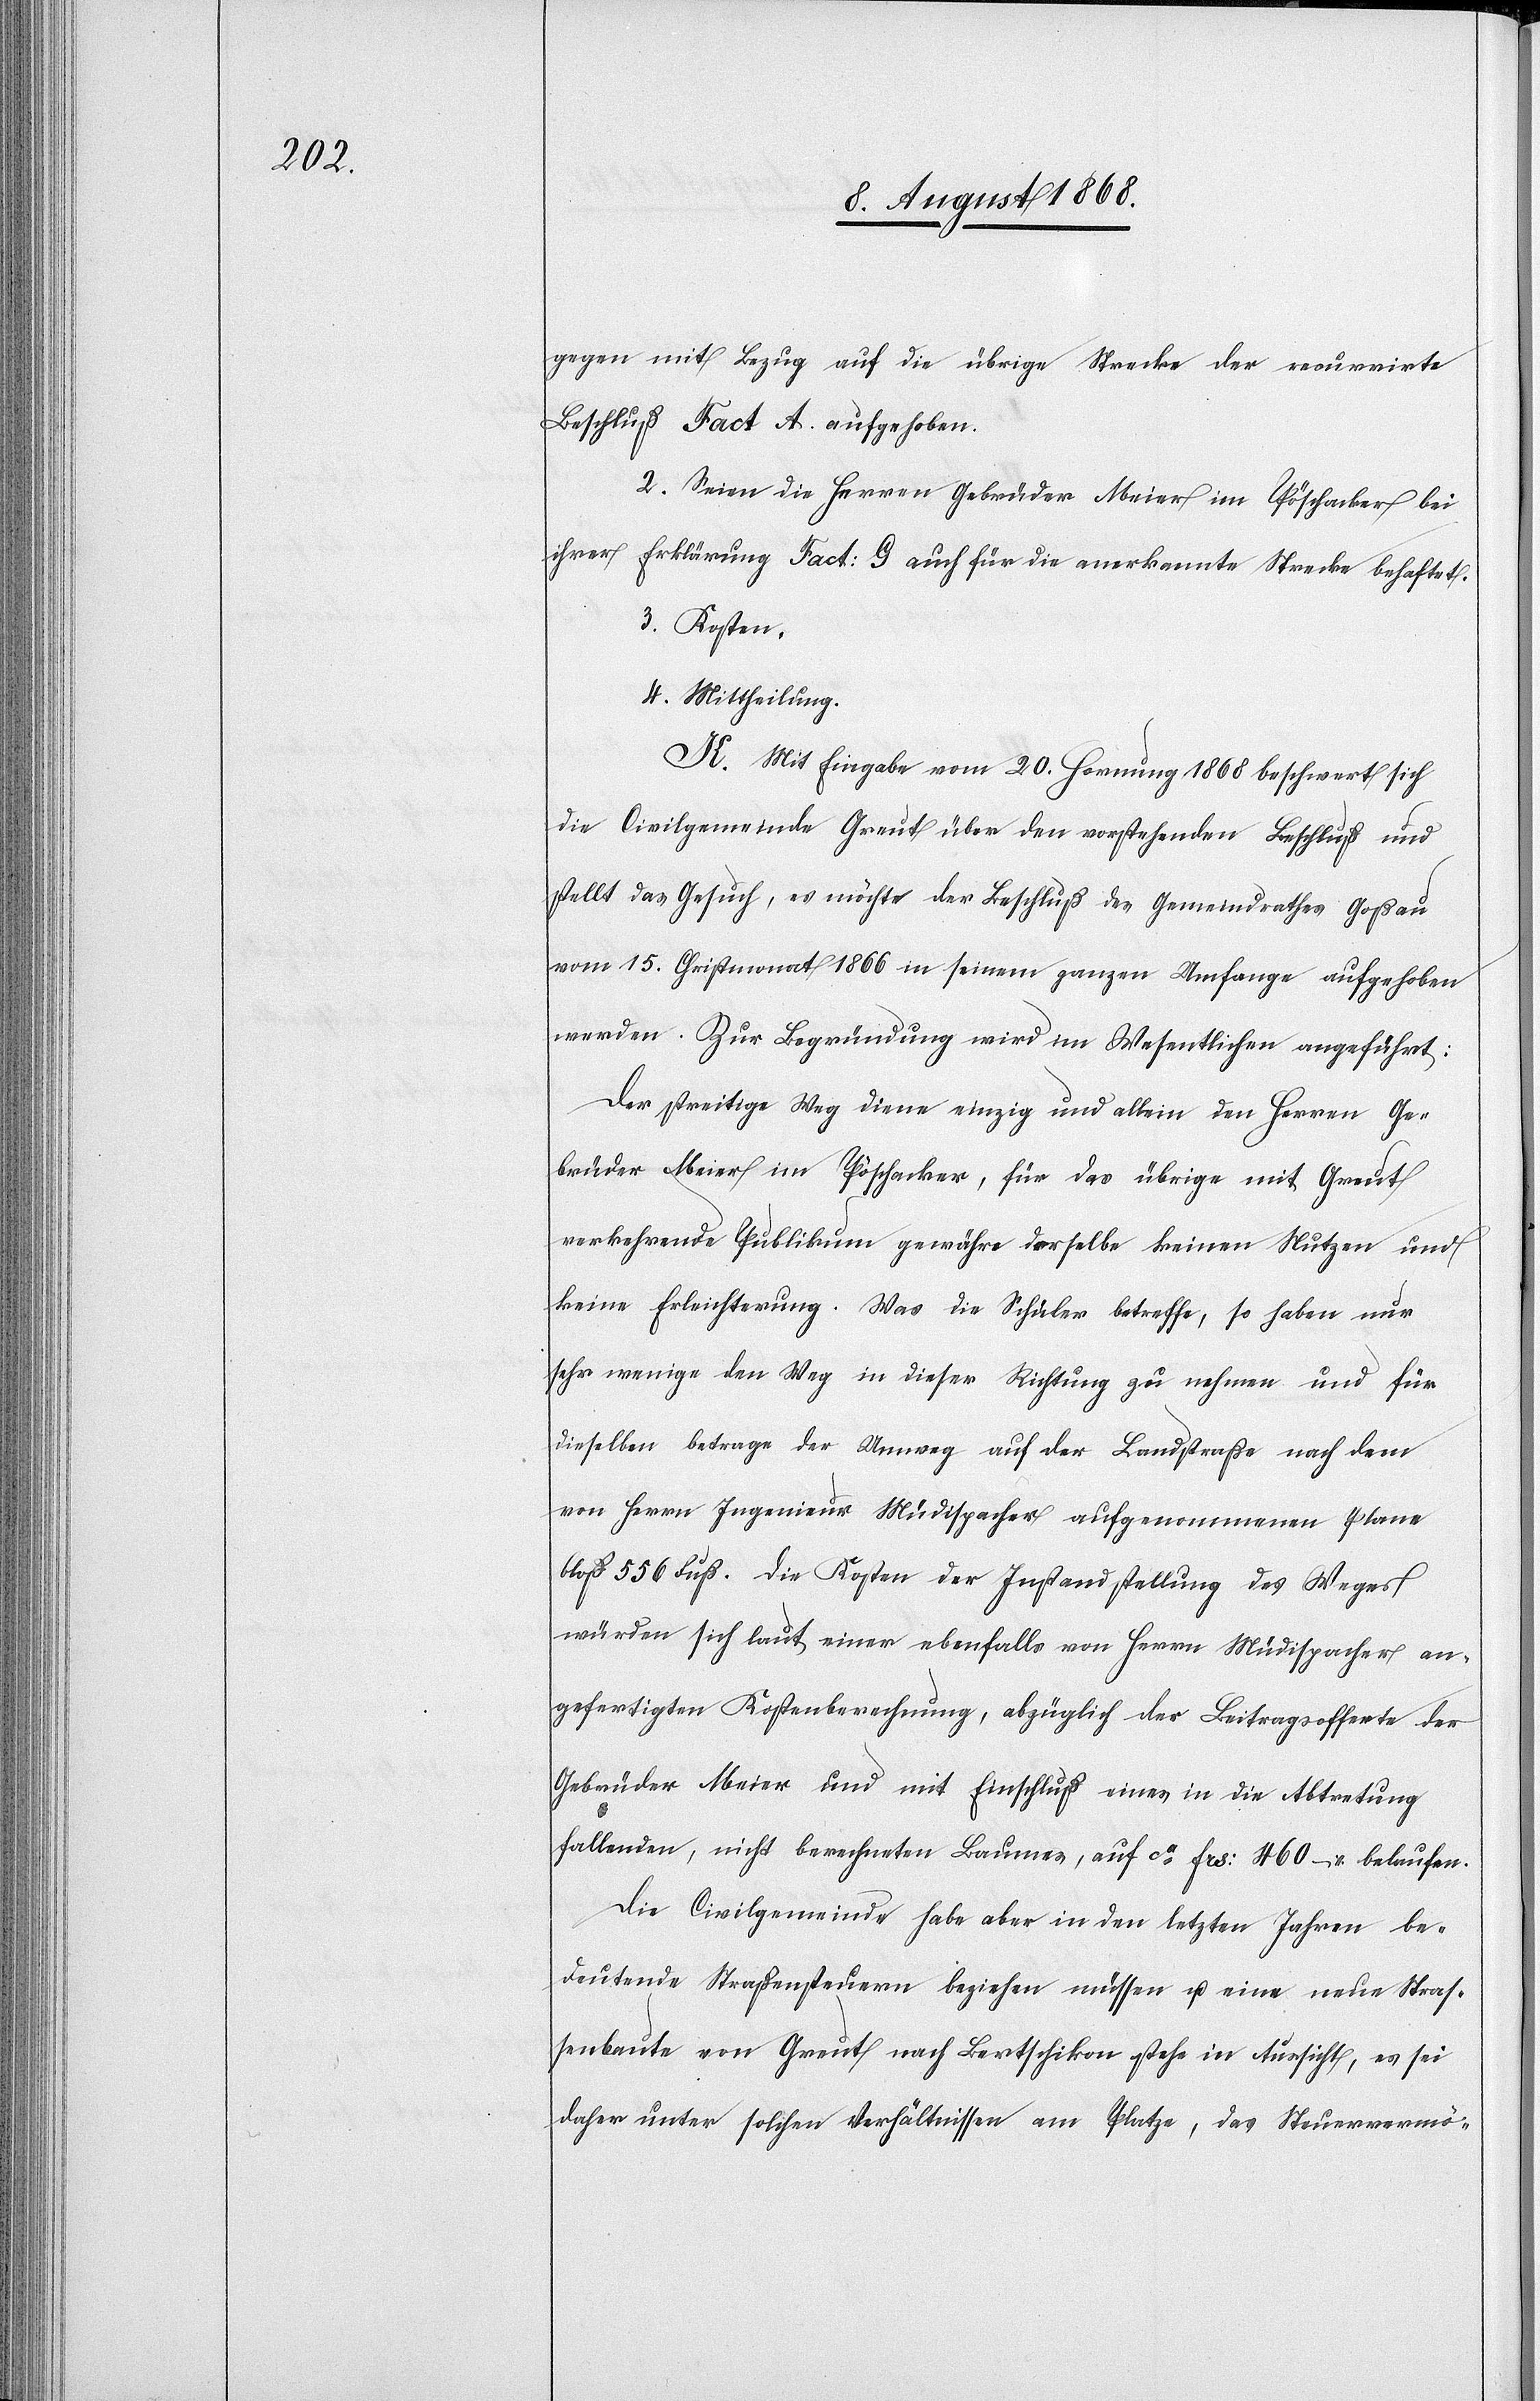
gegen mit Bezug auf die übrige Strecke der recurrirte
Beschluß Fact. A. aufgehoben.
2. Seien die Herren Gebrüder Meier im Pöschacker bei
ihrer Erklärung Fact: G auch für die anerkannte Strecke behaftet.
3. Kosten.
4. Mittheilung.
K. Mit Eingabe vom 20. Hornung 1868 beschwert sich
die Civilgemeinde Greut über den vorstehenden Beschluß und
stellt das Gesuch, es möchte der Beschluß des Gemeindrathes Goßau
vom 15. Christmonat 1866 in seinem ganzen Umfange aufgehoben
werden. Zur Begründung wird im Wesentlichen angeführt:
Der streitige Weg diene einzig und allein den Herren Ge¬
brüder Meier im Pöschacker, für das übrige mit Greut
verkehrende Publikum gewähre derselbe keinen Nutzen und
keine Erleichterung. Was die Schüler betreffe, so haben nur
sehr wenige den Weg in dieser Richtung zu nehmen und für
dieselben betrage der Umweg auf der Landstraße nach dem
von Herrn Ingenieur Müdispacher aufgenommenen Plane
bloß 556 Fuß. Die Kosten der Instandstellung des Weges
würden sich laut einer ebenfalls von Herrn Müdispacher an¬
gefertigten Kostenberechnung, abzüglich der Beitragsofferte der
Gebrüder Meier und mit Einschluß eines in die Abtretung
fallenden, nicht berechneten Baumes, auf ca Frs: 460 – belaufen.
Die Civilgemeinde habe aber in den letzten Jahren be¬
deutende Straßensteuern beziehen müssen u. eine neue Stras¬
senbaute von Greut nach Bertschikon stehe in Aussicht, es sei
daher unter solchen Verhältnissen am Platze, das Steuervermö-